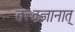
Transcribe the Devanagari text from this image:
तत्त्वज्ञानात्